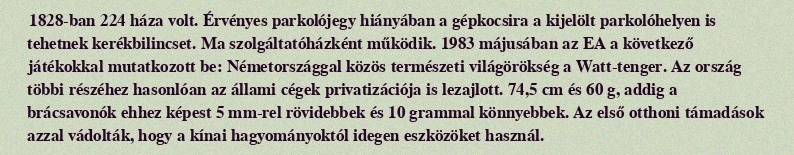
1828-ban 224 háza volt. Érvényes parkolójegy hiányában a gépkocsira a kijelölt parkolóhelyen is tehetnek kerékbilincset. Ma szolgáltatóházként működik. 1983 májusában az EA a következő játékokkal mutatkozott be: Németországgal közös természeti világörökség a Watt-tenger. Az ország többi részéhez hasonlóan az állami cégek privatizációja is lezajlott. 74,5 cm és 60 g, addig a brácsavonók ehhez képest 5 mm-rel rövidebbek és 10 grammal könnyebbek. Az első otthoni támadások azzal vádolták, hogy a kínai hagyományoktól idegen eszközöket használ.